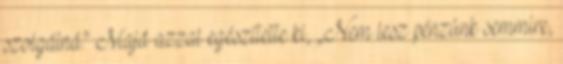
szolgálná.” Majd azzal egészítette ki, „Nem lesz pénzünk semmire,